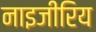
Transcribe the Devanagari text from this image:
नाइजीरिय